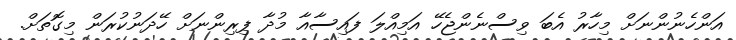
އަންހެނުންނަށް މިހާރު އެބަ ވިސްނެންޖެހޭ އަމިއްލަ ފައިސާއާ މުދާ ފިރިންނަށް ހޭދަނުކުރަން މިގޮތަަށް.